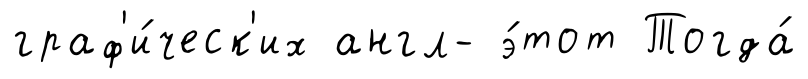
граф'и́ческ'их англ- э́тот Тогда́